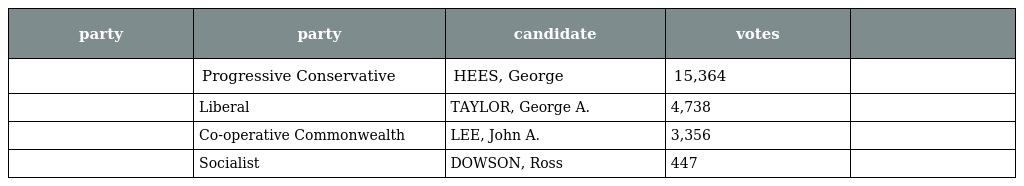
| party | party | candidate | votes |  |
 | --- | --- | --- | --- | --- |
 |  | Progressive Conservative | HEES, George | 15,364 |  |
 |  | Liberal | TAYLOR, George A. | 4,738 |  |
 |  | Co-operative Commonwealth | LEE, John A. | 3,356 |  |
 |  | Socialist | DOWSON, Ross | 447 |  |